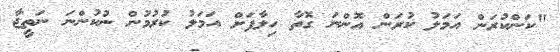
"ކަންކުރަން އަމަލު ކުރަން އޮންނަ ގޮތާ ހިލާފަށް އަމަލު ކުރުމުން ނުކުންނަ ނަތީޖާ